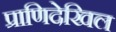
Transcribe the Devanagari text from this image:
प्राणिदेखिल